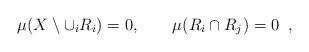
LaTeX: \begin{align*}\mu(X\setminus \cup_i R_i)=0,\quad\quad\mu(R_i\cap R_j)=0\;\;,\end{align*}